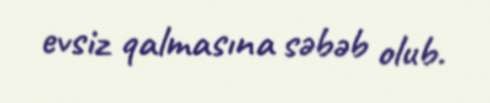
evsiz qalmasına səbəb olub.